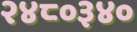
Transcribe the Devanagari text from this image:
२४८०३४०